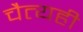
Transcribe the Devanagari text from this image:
चैत्यही